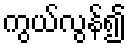
ကွယ်လွန်၍